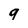
Character: 9